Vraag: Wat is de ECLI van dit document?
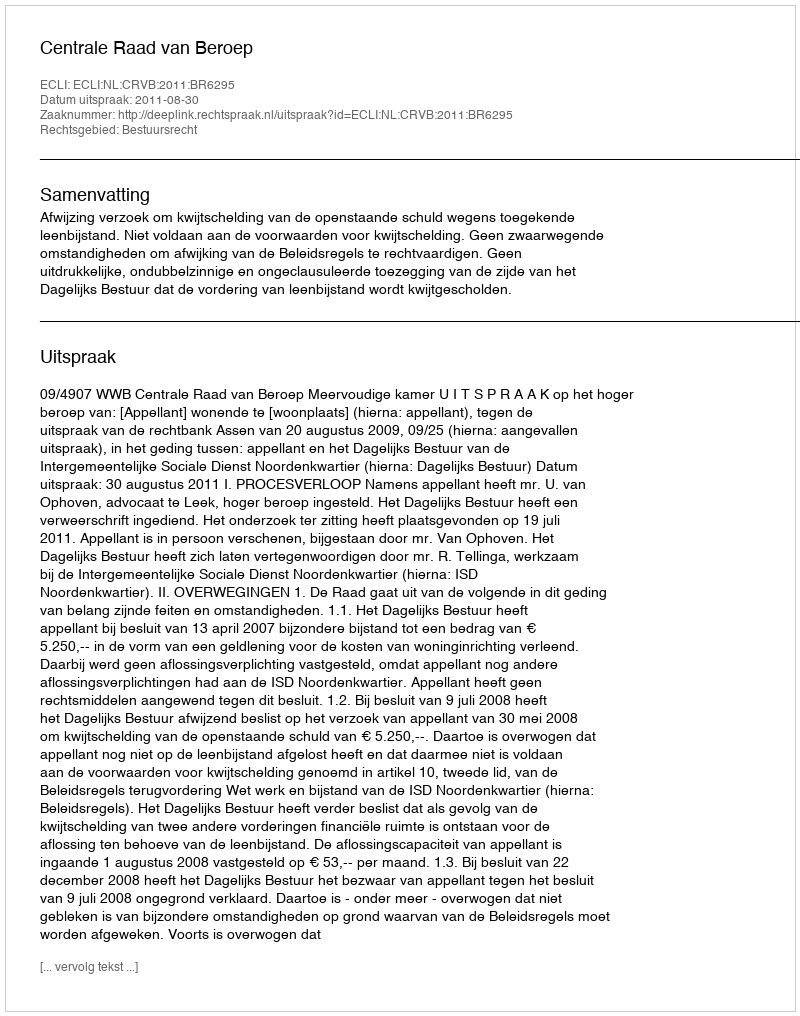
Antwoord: ECLI:NL:CRVB:2011:BR6295